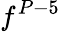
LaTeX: f^{P-5}